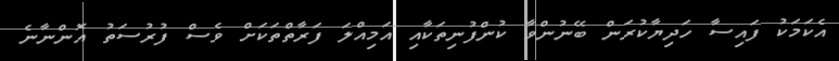
އެކަމަކު ފައިސާ ހަދިޔާކުރަން ބޭނުންވާ ކުންފުނިތަކާއި އަމިއްލަ ފަރާތްތަކަށް ވެސް ފުރުސަތު އޮންނާނެ